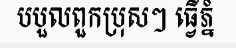
បបួលពួកប្រុសៗ ធ្វើភ្នំ